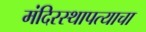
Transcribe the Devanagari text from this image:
मंदिरस्थापत्याचा